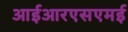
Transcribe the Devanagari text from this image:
आईआरएसएमई